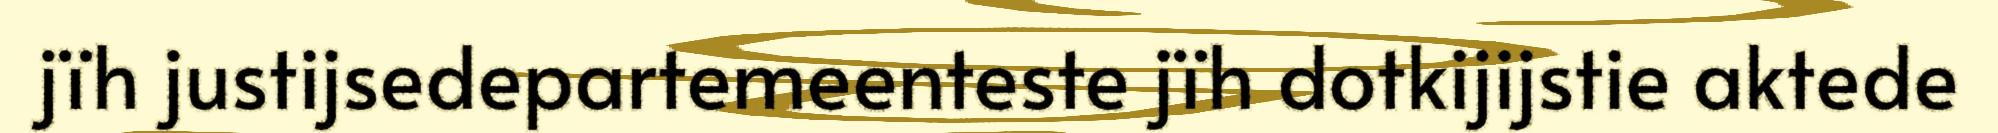
jïh justijsedepartemeenteste jïh dotkijijstie aktede